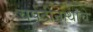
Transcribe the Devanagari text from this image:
चर्पटीनाथांचे